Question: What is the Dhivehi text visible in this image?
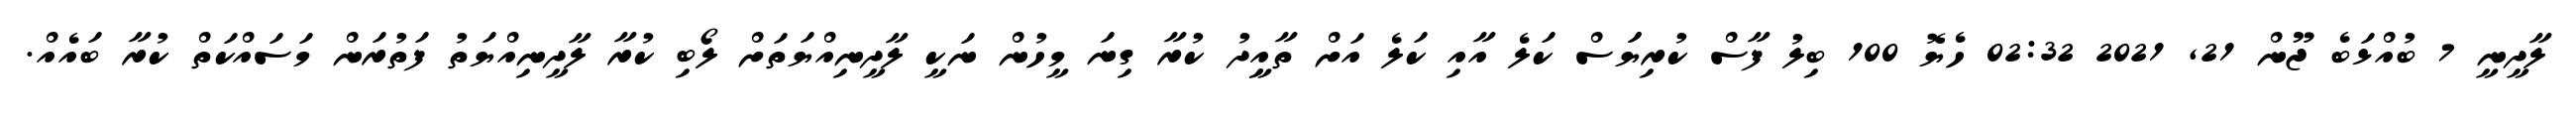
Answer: ލާދީނީ 7 ބުއްޅަބެ ޖޫން 21, 2021 02:32 ހެޔޮ 100 ބިލު ފާސް ކުރިޔަަސް ކަލެ އާއި ކަލެ އަށް ތާއިީދު ކުރާ ގިނަ މީހުން ނަކީ ލާދީނިއްޔަތަށް ލޯބި ކުރާ ލާދީނިއްޔަތު ފަތުރަން މަސައްކަތް ކުރާ ބައެއް.